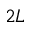
2 L